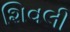
શિવલી